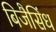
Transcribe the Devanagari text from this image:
बिजैसिंध